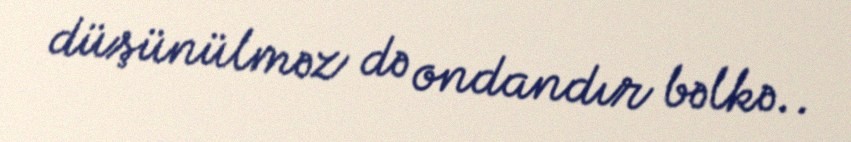
düşünülməz də ondandır bəlkə..